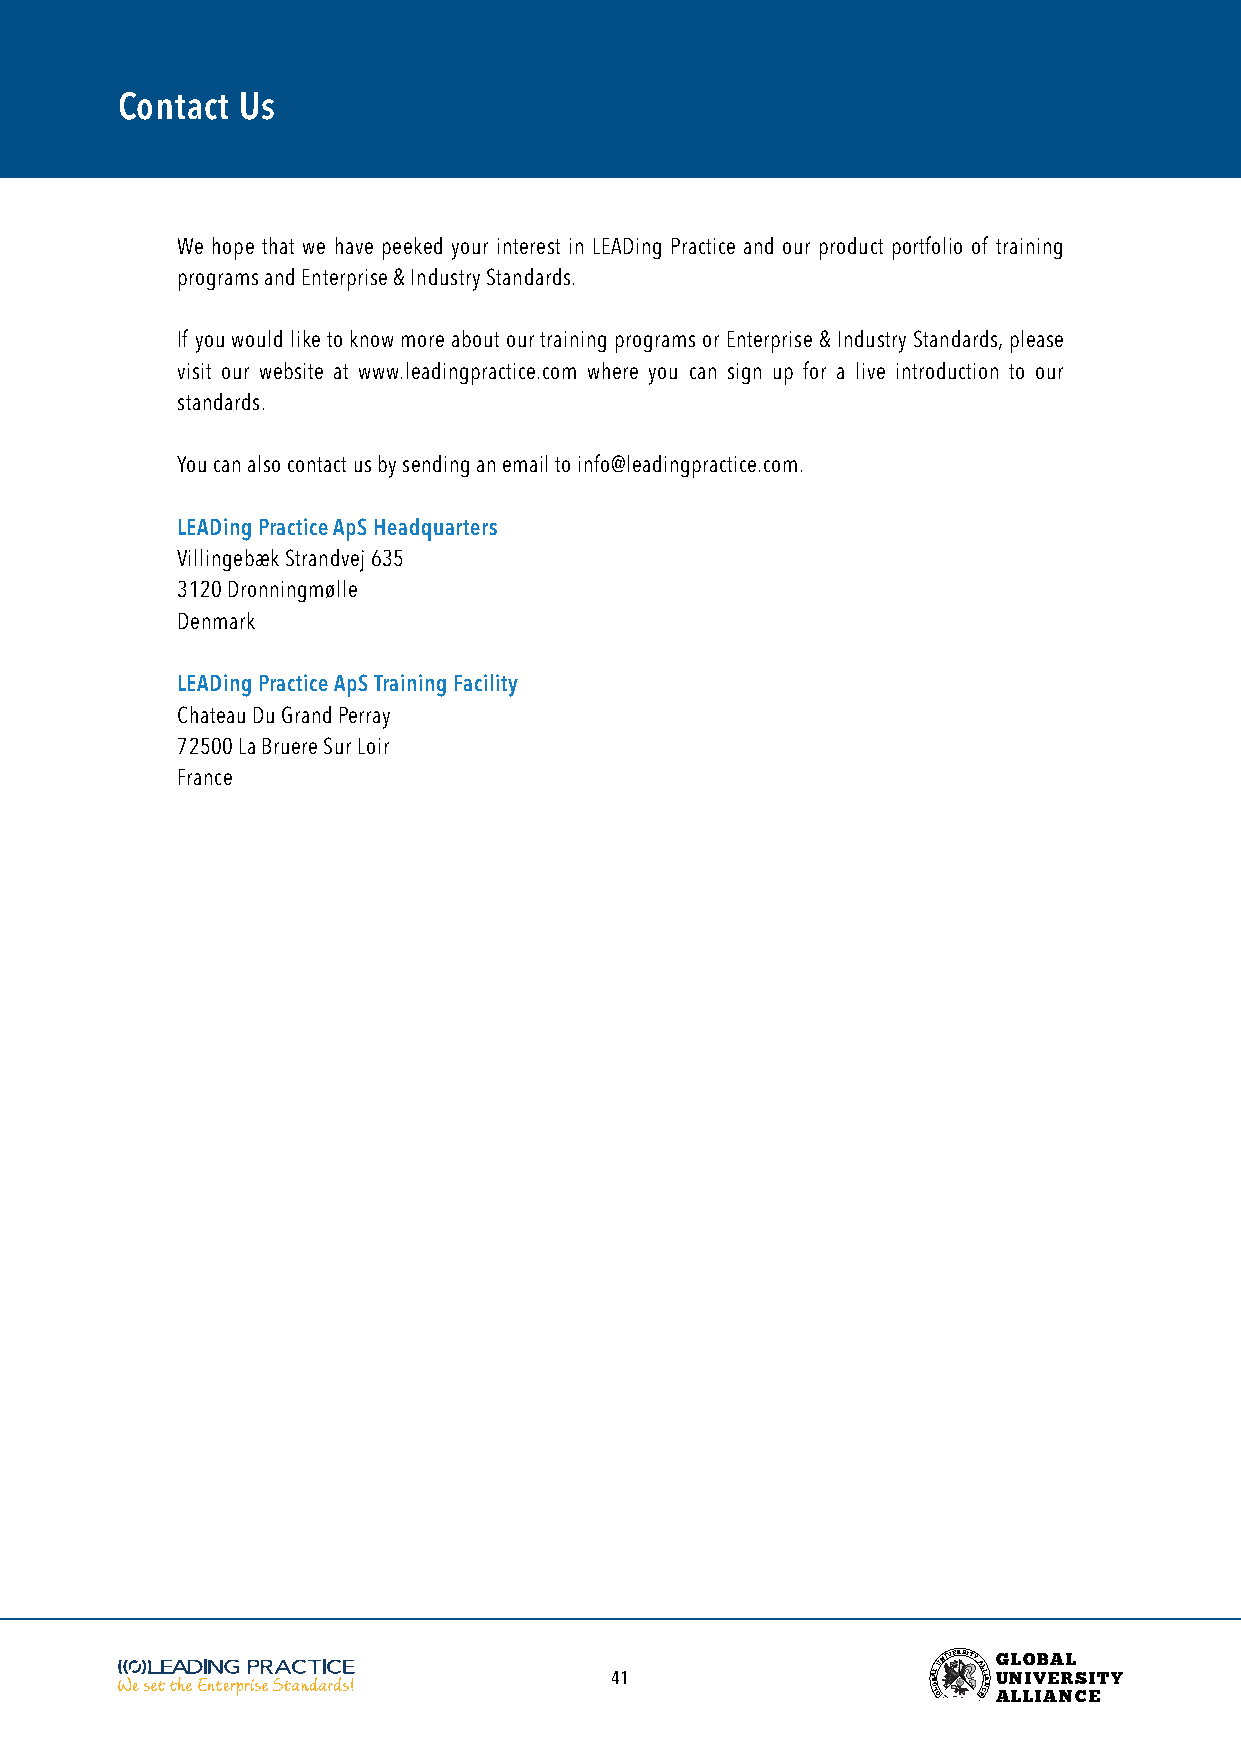
Contact Us
 We hope that we have peeked your interest in LEADing Practice and our product portfolio of training
 programs and Enterprise & Industry Standards.
 If you would like to know more about our training programs or Enterprise & Industry Standards, please
 visit our website at www.leadingpractice.com where you can sign up for a live introduction to our
 standards.
 You can also contact us by sending an email to info@leadingpractice.com.
 LEADing Practice ApS Headquarters
 Villingebæk Strandvej 635
 3120 Dronningmølle
 Denmark
 LEADing Practice ApS Training Facility
 Chateau Du Grand Perray
 72500 La Bruere Sur Loir
 France
 41                    BOA LL
 GUNIVERSITY
 AL EL CI NA
 G
 U
 ANL LO
 LIV
 IB AEA NRL
 CS EITY